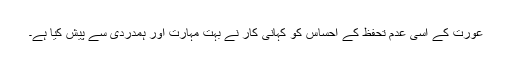
عورت کے اسی عدم تحفظ کے احساس کو کہانی کار نے بہت مہارت اور ہمدردی سے پیش کیا ہے۔